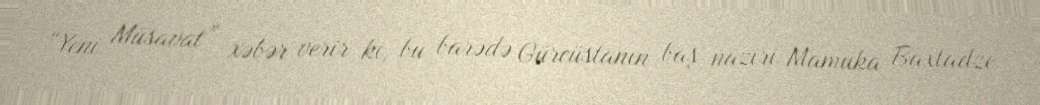
“Yeni Müsavat” xəbər verir ki, bu barədə Gürcüstanın baş naziri Mamuka Baxtadze